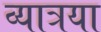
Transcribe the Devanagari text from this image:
व्यात्रया